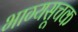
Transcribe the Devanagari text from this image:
भाग्यसूचक